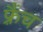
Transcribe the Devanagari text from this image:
फ़्रैंच